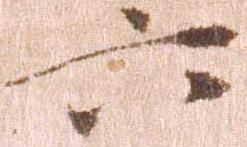
六